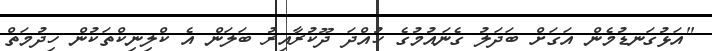
"އަޅުގަނޑުމެން އަގަށް ބަދަލު ގެނައުމުގެ ހުއްދަ ދޫކުރާއިރު ބަލަން އެ ކްލިނިކްތަކުން ހިދުމަތް